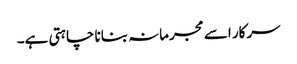
سرکار اسے مجرمانہ بنانا چاہتی ہے۔